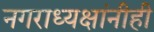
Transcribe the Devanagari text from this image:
नगराध्यक्षांनीही